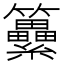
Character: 𥸕